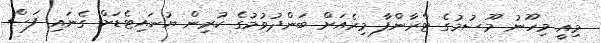
މިއީ މިހޫނު މޫސުމުގެ ޓްރާންފާ މިރެއަށް ބަންދުވުމުގެ ކުރިން ޔުނައިޓެޑަށް ގެނައި ފަސް